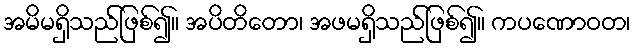
အမိမရှိသည်ဖြစ်၍။ အပိတိတော၊ အဖမရှိသည်ဖြစ်၍။ ကပဏောဝတ၊